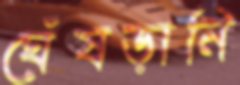
ঘেঁষড়ানি